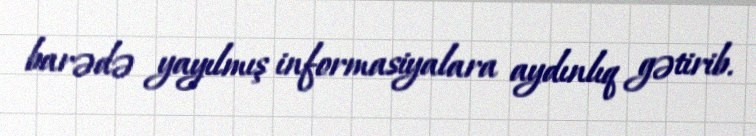
barədə yayılmış informasiyalara aydınlıq gətirib.